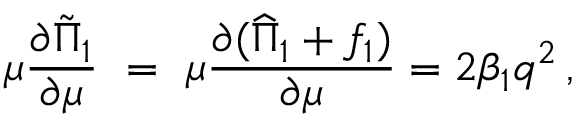
\mu \frac { \partial \tilde { \Pi } _ { 1 } } { \partial \mu } \ = \ \mu \frac { \partial ( \widehat { \Pi } _ { 1 } + f _ { 1 } ) } { \partial \mu } = 2 \beta _ { 1 } q ^ { 2 } \, ,